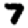
Digit: 7